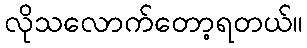
လိုသလောက်တော့ရတယ်။